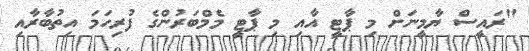
"ރައީސް ޔާމީނަށް މި ޕާޓީ އާއި މި ޕާޓީ މެމްބަރުންގެ ފުރިހަމަ އިތުބާރާއި